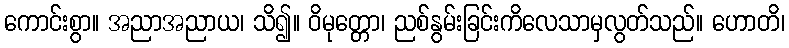
ကောင်းစွာ။ အညာအညာယ၊ သိ၍။ ဝိမုတ္တော၊ ညစ်နွမ်းခြင်းကိလေသာမှလွတ်သည်။ ဟောတိ၊